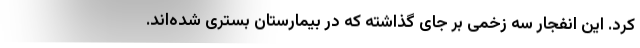
کرد. این انفجار سه زخمی بر جای گذاشته که در بیمارستان بستری شده‌اند.